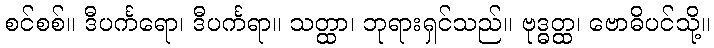
စင်စစ်။ ဒီပင်္ကရော၊ ဒီပင်္ကရာ။ သတ္ထာ၊ ဘုရားရှင်သည်။ ဗုဒ္ဓတ္ထ၊ ဗောဓိပင်သို့။